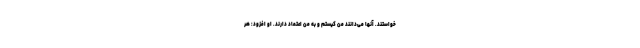
خواستند. آنها می‌دانند من کیستم و به من اعتماد دارند. او افزود: هر